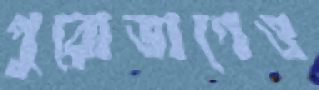
পুরোভাগেও